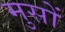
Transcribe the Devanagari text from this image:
मुसों